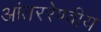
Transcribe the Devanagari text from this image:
आंतररेण्वीय